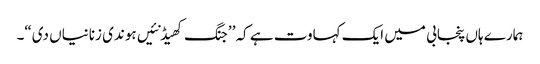
ہمارے ہاں پنجابی میں ایک کہاوت ہے کہ’ ’جنگ کھیڈ نئیں ہوندی زنانیاں دی“۔